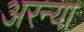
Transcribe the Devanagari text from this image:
अरन्या